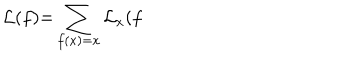
LaTeX: \mathcal { L ( } f \mathcal { ) = } \sum _ { f ( x ) = x } \mathcal { L } _ { x } \mathcal { ( } f